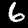
Digit: 6